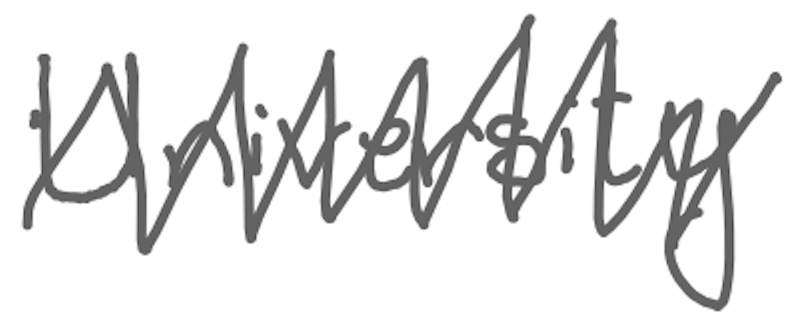
Text: University
Cross-out: zig-zag
Writing tool: digital_gray